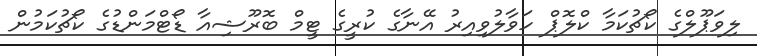
ލިވަޕޫލްގެ ކޯޗުކަމާ ކްލޮޕް ހަވާލުވިއިރު އޭނާގެ ކުރީގެ ޓީމް ބޮރޫޝިއާ ޑޯޓްމަންޑުގެ ކޯޗުކަމުން